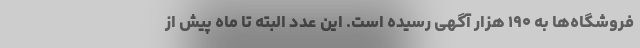
فروشگاه‌ها به ۱۹۰ هزار آگهی رسیده است. این عدد البته تا ماه پیش از